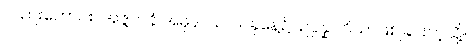
လည်းကောင်း။ အဇ္ဇတနံ အဓုနာယ၊ ယခုနေ့၌။ ဥပ္ပန္နာ ဝိယ၊ ဖြစ်ခြင်းကဲ့သို့။